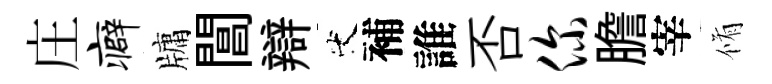
庄癖牗閶辯代補誰否你膽宰脩